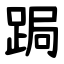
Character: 跼